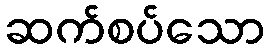
ဆက်စပ်သော